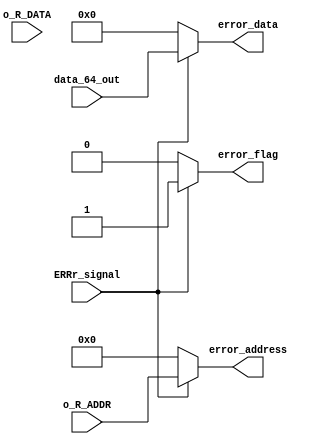


module test6_for_compare( data_64_out, o_R_DATA, o_R_ADDR,error_address, error_data,error_flag,ERRr_signal );

input [63:0] data_64_out;
input [63:0] o_R_DATA;
input [13:0] o_R_ADDR;
input ERRr_signal;


output [63:0] error_data;
output [13:0] error_address;
output error_flag;

reg [63:0] error_data_0;
reg [13:0] error_address_0;
reg error_flag_0;

assign error_data = error_data_0;
assign error_address = error_address_0;
assign error_flag = error_flag_0;

always@(*) begin
    if(ERRr_signal) begin
        error_data_0    = data_64_out;
        error_address_0 = o_R_ADDR;
        error_flag_0    = 1;
    end
    else begin
        error_data_0    = 0;
        error_address_0 = 0;
        error_flag_0    = 0;
    end


end

endmodule